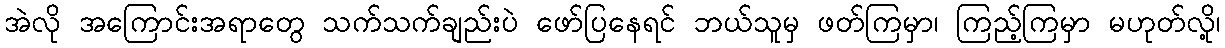
အဲလို အကြောင်းအရာတွေ သက်သက်ချည်းပဲ ဖော်ပြနေရင် ဘယ်သူမှ ဖတ်ကြမှာ၊ ကြည့်ကြမှာ မဟုတ်လို့၊